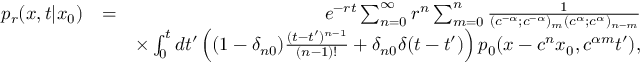
\begin{array} { r l r } { p _ { r } ( x , t | x _ { 0 } ) } & { = } & { e ^ { - r t } \sum _ { n = 0 } ^ { \infty } r ^ { n } \sum _ { m = 0 } ^ { n } \frac { 1 } { ( c ^ { - \alpha } ; c ^ { - \alpha } ) _ { m } ( c ^ { \alpha } ; c ^ { \alpha } ) _ { n - m } } } \\ & { } & { \times \int _ { 0 } ^ { t } d t ^ { \prime } \left( ( 1 - \delta _ { n 0 } ) \frac { ( t - t ^ { \prime } ) ^ { n - 1 } } { ( n - 1 ) ! } + \delta _ { n 0 } \delta ( t - t ^ { \prime } ) \right) p _ { 0 } ( x - c ^ { n } x _ { 0 } , c ^ { \alpha m } t ^ { \prime } ) , } \end{array}